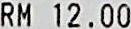
RM 12.00